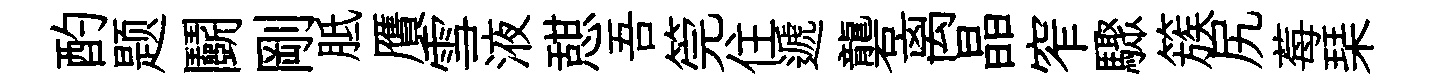
酌题鬬剛胝贋雪液憇吾筦住遞礱离晶窄驟簇尻莓琹